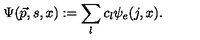
\Psi ( { \vec { p } } , s , x ) : = \sum _ { l } c _ { l } \psi _ { e } ( j , x ) .